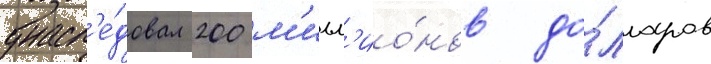
унасл'е́довал 200 м'илл'ио́нов до́лларов